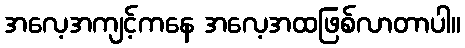
အလေ့အကျင့်ကနေ အလေ့အထဖြစ်လာတာပါ။